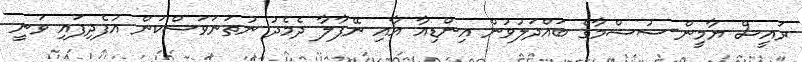
ރައީސް ޔާމީން-ސުޝްމާގެ ބައްދަލުވުން އިންޑިއާ އާއި ނޭޕާލާ ދެމެދު ނުތަނަވަސްކަން އުފެދިފައި ވަނީ